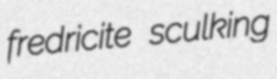
fredricite sculking